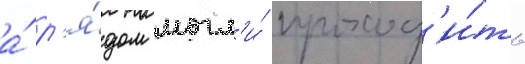
а́ р'я́дом могл'и́ проход'и́ть